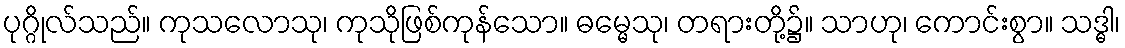
ပုဂ္ဂိုလ်သည်။ ကုသလောသု၊ ကုသိုဖြစ်ကုန်သော။ ဓမ္မေသု၊ တရားတို့၌။ သာဟု၊ ကောင်းစွာ။ သဒ္ဓါ၊